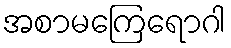
အစာမကြေရောဂါ